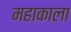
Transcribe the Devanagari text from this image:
महाकाला